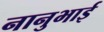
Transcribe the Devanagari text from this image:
नानुभाई